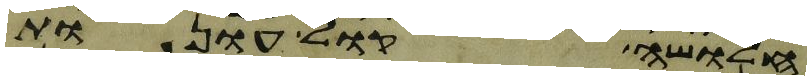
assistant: חלושה קול עונות